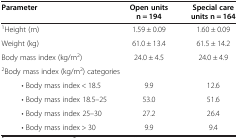
<table><thead><tr><td><b>Parameter</b></td><td><b>Open units n = 194</b></td><td><b>Special care units n = 164</b></td></tr></thead><tbody><tr><td><sup>1</sup>Height (m)</td><td>1.59 ± 0.09</td><td>1.60 ± 0.09</td></tr><tr><td>Weight (kg)</td><td>61.0 ± 13.4</td><td>61.5 ± 14.2</td></tr><tr><td>Body mass index (kg/m<sup>2</sup>)</td><td>24.0 ± 4.5</td><td>24.0 ± 4.9</td></tr><tr><td colspan="3"><sup>2</sup>Body mass index (kg/m<sup>2</sup>) categories</td></tr><tr><td>• Body mass index &lt; 18.5</td><td>9.9</td><td>12.6</td></tr><tr><td>• Body mass index 18.5–25</td><td>53.0</td><td>51.6</td></tr><tr><td>• Body mass index 25–30</td><td>27.2</td><td>26.4</td></tr><tr><td>• Body mass index &gt; 30</td><td>9.9</td><td>9.4</td></tr></tbody></table>